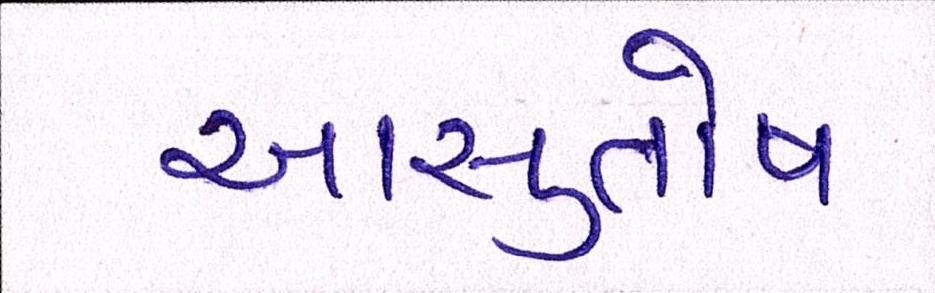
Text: આસુતોષ